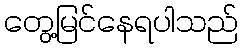
တွေ့မြင်နေရပါသည်